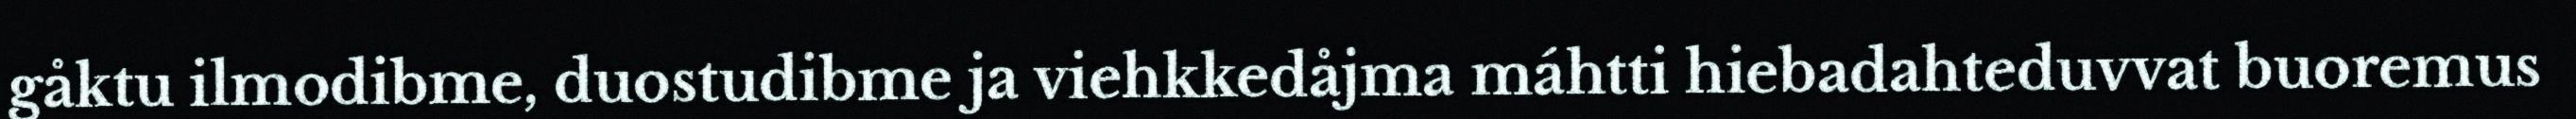
gåktu ilmodibme, duostudibme ja viehkkedåjma máhtti hiebadahteduvvat buoremus